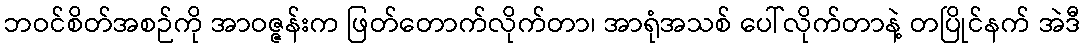
ဘဝင်စိတ်အစဉ်ကို အာဝဇ္ဇန်းက ဖြတ်တောက်လိုက်တာ၊ အာရုံအသစ် ပေါ်လိုက်တာနဲ့ တပြိုင်နက် အဲဒီ